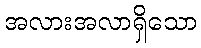
အလားအလာရှိသော